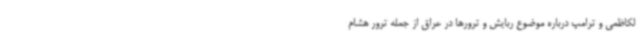
لکاظمی و ترامپ درباره موضوع ربایش و ترورها در عراق از جمله ترور هشام